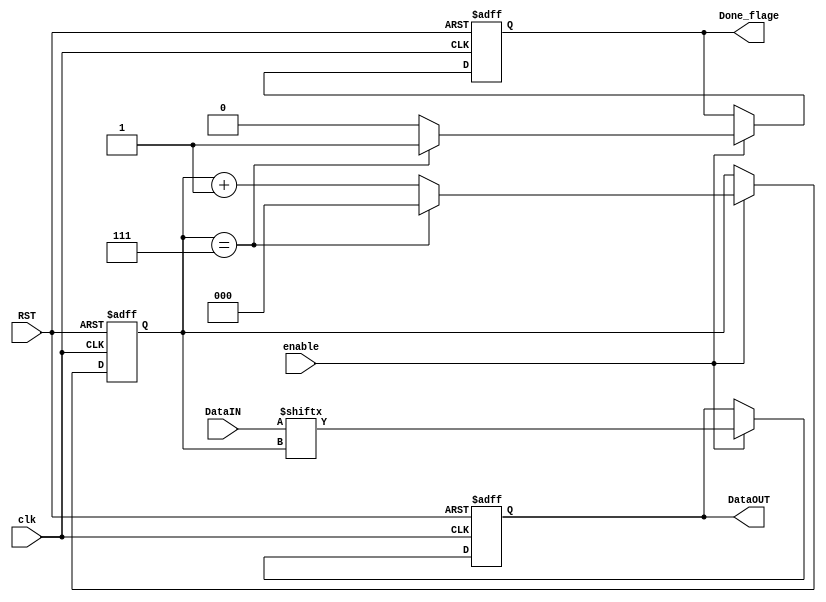
module Para_to_Ser(
 input  wire [7:0] DataIN,
 input  wire       clk,RST,enable,
 output reg        DataOUT,
 output reg        Done_flage    
 );
 
 reg           [2:0]    count;
 
 
 always @(posedge clk , negedge RST)
  begin 
   if(!RST )
    begin
     DataOUT<=1'b0;
     count<=4'b000;
	 Done_flage <= 1'b0;
    end
   else if(enable)
    begin
	 if(count==3'b111)
      begin
       DataOUT<=DataIN[count];
  	   count<= 3'b0;
	   Done_flage <= 1'b1;
      end
	 else
	  begin
	   DataOUT<=DataIN[count];
	   count<= count + 1'b1;
	   Done_flage <= 1'b0;
	  end
	end  
  end
 
endmodule